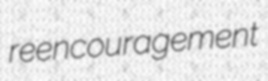
reencouragement